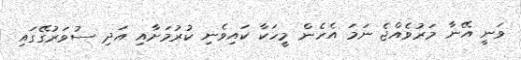
ވަނީ އޭނާ މަރުވެއްޖެ ނަމަ އެހެން މީހަކާ ކައިވެނި ކުރުމަށާއި އަދި ސުވަރުގޭގައި